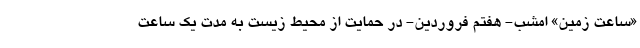
«ساعت زمین» امشب- هفتم فروردین- در حمایت از محیط زیست به مدت یک ساعت